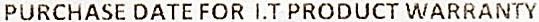
PURCHASE DATE FOR I.T PRODUCT WARRANTY